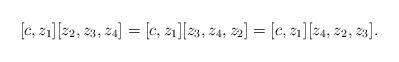
LaTeX: \begin{align*}[c, z_1] [z_2, z_3, z_4] = [c, z_1] [z_3, z_4, z_2] = [c, z_1] [z_4, z_2, z_3]. \end{align*}